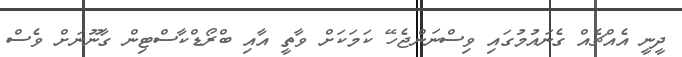
ދީނީ އެއްޗެއް ގެނައުމުގައި ވިސްނަންޖެހޭ ކަމަކަށް ވާތީ އާއި ބްރޯޑްކާސްޓިން ގާނޫނަށް ވެސް